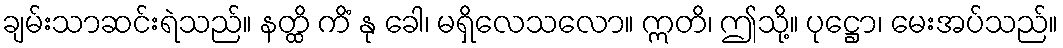
ချမ်းသာဆင်းရဲသည်။ နတ္ထိ ကိံ နု ခေါ၊ မရှိလေသလော။ ဣတိ၊ ဤသို့။ ပုဋ္ဌော၊ မေးအပ်သည်။